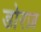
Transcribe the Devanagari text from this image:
डोरज़